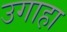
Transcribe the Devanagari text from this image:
उगाहा